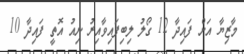
މާޒިޔާ އަށް ފައިދާ 12 ގޯލު ލިބިފައިވާއިރު ނިއު އޮތީ ފައިދާ 10